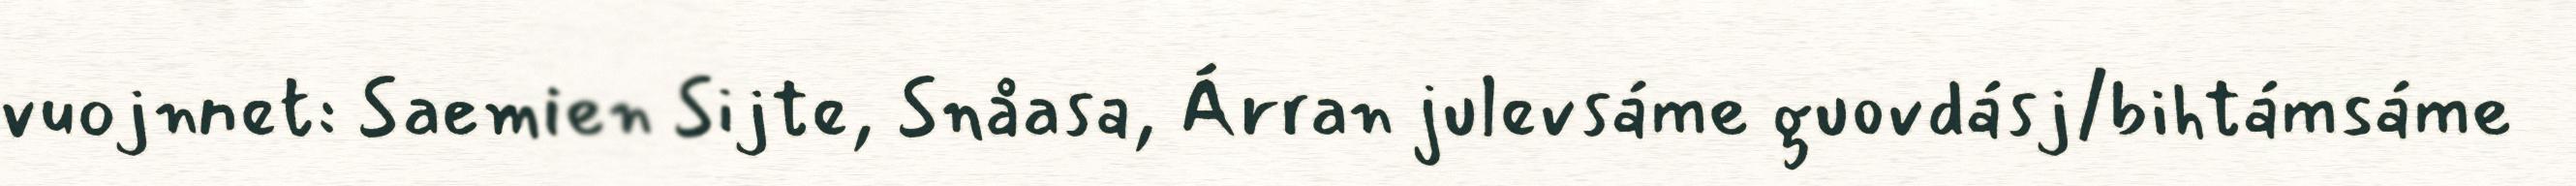
vuojnnet: Saemien Sijte, Snåasa, Árran julevsáme guovdásj/bihtámsáme